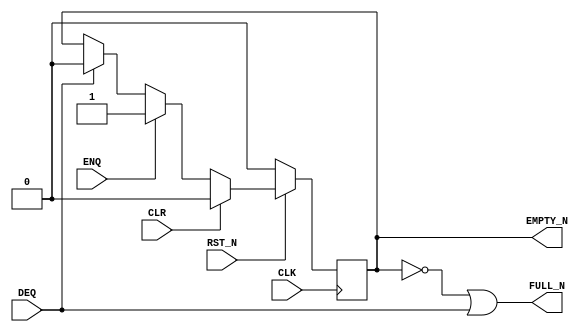
// Copyright 2000--2008 Bluespec, Inc.  All rights reserved.

`ifdef BSV_ASSIGNMENT_DELAY
`else
`define BSV_ASSIGNMENT_DELAY
`endif


// Depth 1 FIFO
// Allows simultaneous ENQ and DEQ (at the expense of potentially
// causing combinational loops).
module FIFOL10(CLK, RST_N, ENQ, FULL_N, DEQ, EMPTY_N, CLR);
   input  CLK;
   input  RST_N;
   input  ENQ;
   input  DEQ;
   input  CLR ;

   output FULL_N;
   output EMPTY_N;

   reg    empty_reg;

   assign FULL_N  = !empty_reg || DEQ;
   assign EMPTY_N = empty_reg ;
   
`ifdef BSV_NO_INITIAL_BLOCKS
`else // not BSV_NO_INITIAL_BLOCKS
   // synopsys translate_off
   initial 
     begin
        empty_reg = 1'b0 ;
     end // initial begin
   // synopsys translate_on
`endif // BSV_NO_INITIAL_BLOCKS


   always@(posedge CLK /* or negedge RST_N */ )
     begin
        if (!RST_N)
          begin
             empty_reg <= `BSV_ASSIGNMENT_DELAY 1'b0;
          end // if (RST_N == 0)
        else
          begin
             if (CLR)
               begin
                  empty_reg <= `BSV_ASSIGNMENT_DELAY 1'b0;
               end
             else if (ENQ)
               begin
                  empty_reg <= `BSV_ASSIGNMENT_DELAY 1'b1;
               end
             else if (DEQ)
               begin
                  empty_reg <= `BSV_ASSIGNMENT_DELAY 1'b0;
               end // if (DEQ)
          end // else: !if(RST_N == 0)
     end // always@ (posedge CLK or negedge RST_N)

   // synopsys translate_off
   always@(posedge CLK)
     begin: error_checks
        reg deqerror, enqerror ;
        
        deqerror =  0;
        enqerror = 0;        
        if ( ! empty_reg && DEQ )
          begin
             deqerror = 1 ;             
             $display( "Warning: FIFOL10: %m -- Dequeuing from empty fifo" ) ;
          end
        if ( ! FULL_N && ENQ && ! DEQ)
          begin
             enqerror =  1 ;             
             $display( "Warning: FIFOL10: %m -- Enqueuing to a full fifo" ) ;
          end
     end
   // synopsys translate_on
   
endmodule